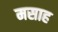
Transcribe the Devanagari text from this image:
मसाह